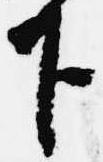
下